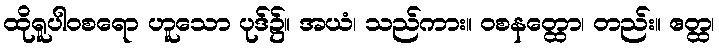
ထိုရူပါဝစရော ဟူသော ပုဒ်၌။ အယံ၊ သည်ကား။ ဝစနတ္ထော၊ တည်း။ ဧတ္ထ၊